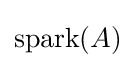
\mathrm {spark} (A)